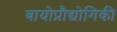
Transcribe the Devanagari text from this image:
बायोप्रौद्योगिकी